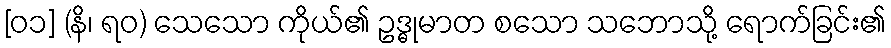
[၀၁] (နိ၊ ရဝ) သေသော ကိုယ်၏ ဥဒ္ဓုမာတ စသော သဘောသို့ ရောက်ခြင်း၏